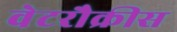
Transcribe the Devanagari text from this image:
वेटरौक्रीस